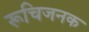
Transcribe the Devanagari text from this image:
रूचिजनक